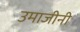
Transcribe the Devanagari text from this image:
उमाजीनी